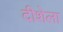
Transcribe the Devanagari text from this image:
दीशेला